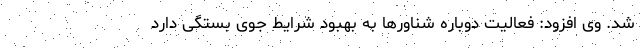
شد. وی افزود: فعالیت دوباره شناورها به بهبود شرایط جوی بستگی دارد